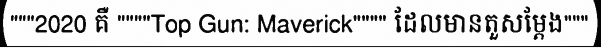
"""2020 គឺ """"Top Gun: Maverick"""" ដែលមានតួសម្តែង"""